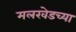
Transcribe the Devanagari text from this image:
मलखेडच्या